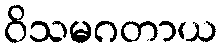
ဝိသမဂတာယ